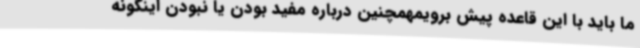
ما باید با این قاعده پیش برویمهمچنین درباره مفید بودن یا نبودن اینگونه